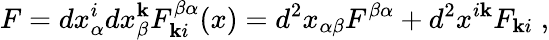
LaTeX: F=dx_{\alpha}^{i}dx_{\beta}^{\mathbf{k}}F_{\mathbf{k}i}^{\beta\alpha}(x)=d^{2}x_{\alpha\beta}F^{\beta\alpha}+d^{2}x^{i\mathbf{k}}F_{\mathbf{k}i}\; ,